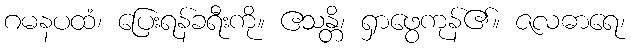
ဂမနပထံ၊ ပြေးရန်ခရီးကို။ ဧသန္တိ၊ ရှာဖွေကုန်၏။ ဇလဓာရေ၊